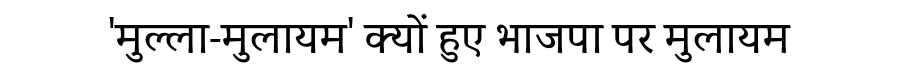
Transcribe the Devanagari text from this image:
'मुल्ला-मुलायम' क्यों हुए भाजपा पर मुलायम